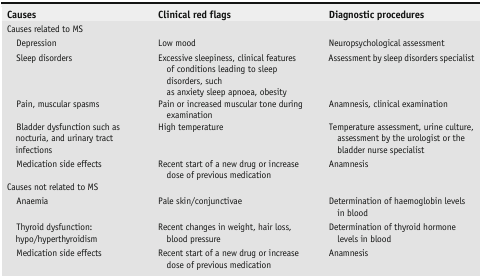
<table><thead><tr><td><b>Causes</b></td><td><b>Clinical red flags</b></td><td><b>Diagnostic procedures</b></td></tr></thead><tbody><tr><td colspan="3">Causes related to MS</td></tr><tr><td> Depression</td><td>Low mood</td><td>Neuropsychological assessment</td></tr><tr><td> Sleep disorders</td><td>Excessive sleepiness, clinical features of conditions leading to sleep disorders, such as anxiety sleep apnoea, obesity</td><td>Assessment by sleep disorders specialist</td></tr><tr><td> Pain, muscular spasms</td><td>Pain or increased muscular tone during examination</td><td>Anamnesis, clinical examination</td></tr><tr><td> Bladder dysfunction such as nocturia, and urinary tract infections</td><td>High temperature</td><td>Temperature assessment, urine culture, assessment by the urologist or the bladder nurse specialist</td></tr><tr><td> Medication side effects</td><td>Recent start of a new drug or increase dose of previous medication</td><td>Anamnesis</td></tr><tr><td colspan="3">Causes not related to MS</td></tr><tr><td> Anaemia</td><td>Pale skin/conjunctivae</td><td>Determination of haemoglobin levels in blood</td></tr><tr><td> Thyroid dysfunction: hypo/hyperthyroidism</td><td>Recent changes in weight, hair loss, blood pressure</td><td>Determination of thyroid hormone levels in blood</td></tr><tr><td> Medication side effects</td><td>Recent start of a new drug or increase dose of previous medication</td><td>Anamnesis</td></tr></tbody></table>